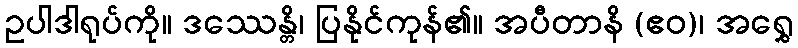
ဥပါဒါရုပ်ကို။ ဒဿေန္တိ၊ ပြနိုင်ကုန်၏။ အပီတာနိ (ဧဝ)၊ အရွှေ